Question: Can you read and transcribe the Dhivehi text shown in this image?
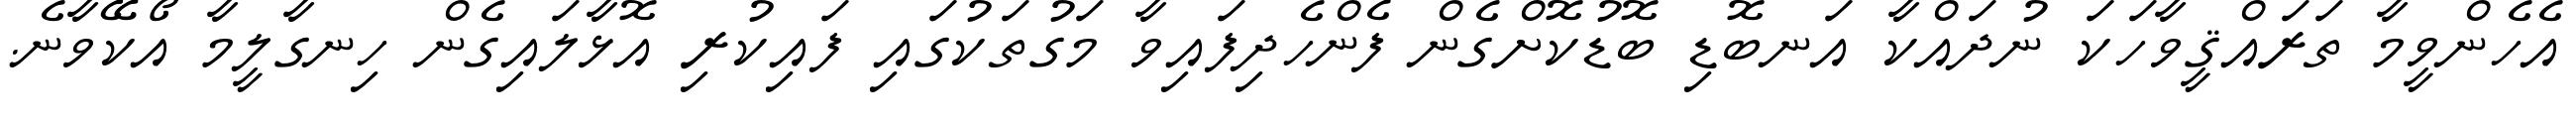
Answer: އެހެންވީމާ ތަރައްޤީވާހަކަ ނުދައްކާ އަނބޮޑި ބޮޑުކޮށްގެން ފެންހެދިފައިވާ މަގުތަކުގައި ފައިކުރި އޮޅާލައިގެން ހިނގާލީމާ އޯކޭވާނެ.